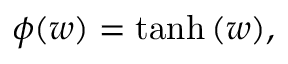
\phi ( w ) = \operatorname { t a n h } { \left( w \right) } ,